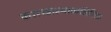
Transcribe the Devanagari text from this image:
कारखान्याव्यतिरिक्त